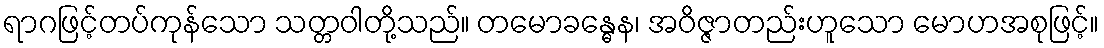
ရာဂဖြင့်တပ်ကုန်သော သတ္တဝါတို့သည်။ တမောခန္ဓေန၊ အဝိဇ္ဇာတည်းဟူသော မောဟအစုဖြင့်။